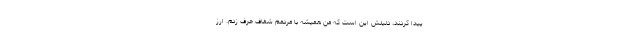
پیدا کردند، دلیلش این است که من همیشه با مردمم شفاف حرف زدم. ارز